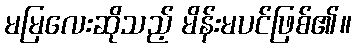
မမြလေးဆိုသည့် မိန်းမပင်ဖြစ်၏။